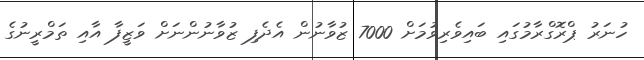
ހުނަރު ޕްރޮގްރާމުގައި ބައިވެރިވުމަށް 7000 ޒުވާނުން އެދެފި ޒުވާނުންނަށް ވަޒީފާ އާއި ތަމްރީނުގެ